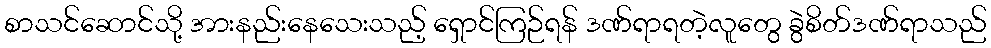
စာသင်ဆောင်သို့ အားနည်းနေသေးသည့် ရှောင်ကြဉ်ရန် ဒဏ်ရာရတဲ့လူတွေ ခွဲစိတ်ဒဏ်ရာသည်